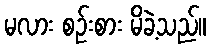
မလား စဉ်းစား မိခဲ့သည်။